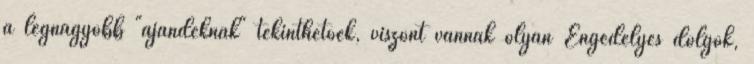
a legnagyobb "ajándéknak" tekinthetőek, viszont vannak olyan Engedélyes dolgok,